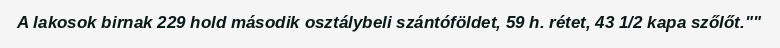
A lakosok birnak 229 hold második osztálybeli szántóföldet, 59 h. rétet, 43 1/2 kapa szőlőt.""